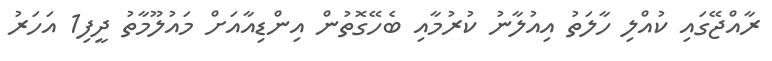
ރާއްޖޭގައި ކުއްލި ހާލަތު އިއުލާނު ކުުރުމާއި ބެހޭގޮތުން އިންޑިއާއަށް މައުލޫމާތު ދީފި1 އަހަރު